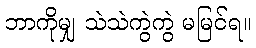
ဘာကိုမျှ သဲသဲကွဲကွဲ မမြင်ရ။